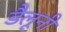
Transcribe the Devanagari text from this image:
डैलूनी